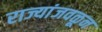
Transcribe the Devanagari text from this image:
राज्यांजवळून